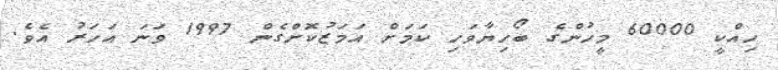
ހިއްކީ 60000 މީހުންގެ ބޯހިޔާވަހި ކަމަށް އަމަޒުކޮށްގެން 1997 ވަނަ އަހަރު އެވެ.